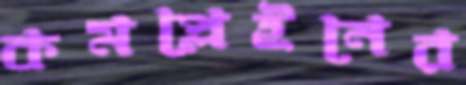
কমপ্লেইনের